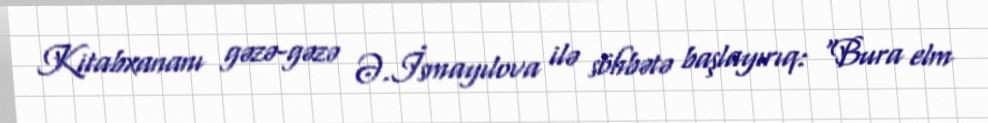
Kitabxananı gəzə-gəzə Ə.İsmayılova ilə söhbətə başlayırıq: “Bura elm